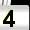
Digit: 4